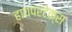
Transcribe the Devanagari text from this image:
हायपरटेक्स